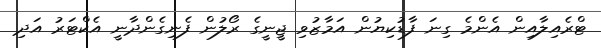
ޓްރެއިލާއިން އެންމެ ގިނަ ފާޑުކިޔުން އަމާޒުވި ޖީނީގެ ރޯލުން ފެނިގެންދާނީ އެކްޓަރު އަދި